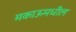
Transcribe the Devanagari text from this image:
मकाऊमधील